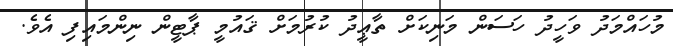
މުހައްމަދު ވަހީދު ހަސަން މަނިކަށް ތާޢީދު ކުރުމަށް ޤައުމީ ޕާޓީން ނިންމައިފި އެވެ.